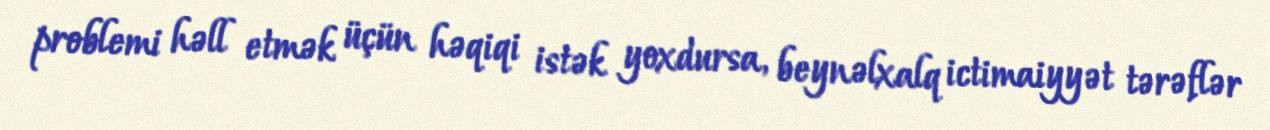
problemi həll etmək üçün həqiqi istək yoxdursa, beynəlxalq ictimaiyyət tərəflər